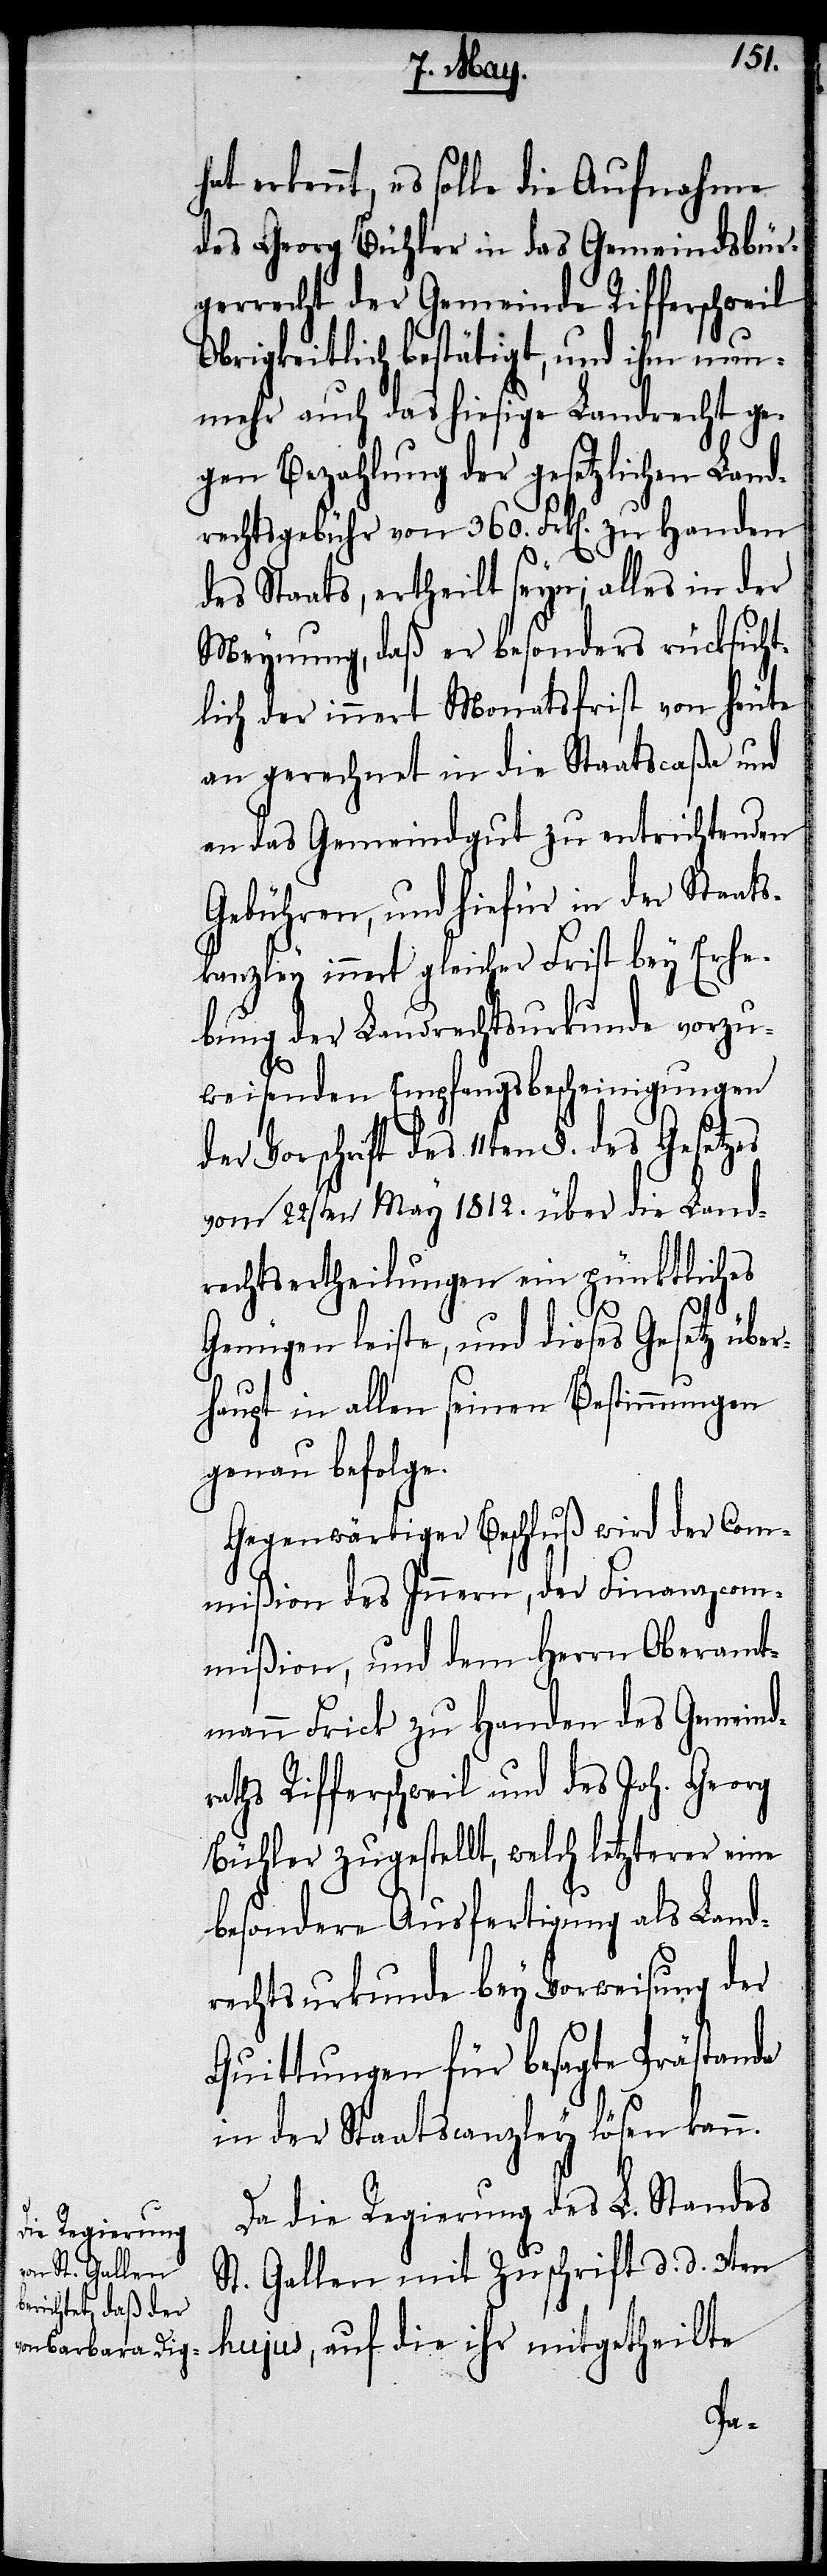
hat erkennt, es solle die Aufnahme
des Georg Bühler in das Gemeindsbür¬
gerrecht der Gemeinde Rifferschweil
Obrigkeitlich bestätigt, und ihm nun¬
mehr auch das hiesige Landrecht ge¬
gen Bezahlung der gesetzlichen Land¬
rechtsgebühr von 360. Frk[en]. zu Handen
des Staats, ertheilt seyn; alles in der
Meynung, daß er besonders rücksicht¬
lich der innert Monatsfrist von heute
an gerechnet in die Staatscaßa und
an das Gemeindgut zu entrichtenden
Gebühren, und hiefür in der Staats¬
kanzley innert gleicher Frist bey Erhe¬
bung der Landrechtsurkunde vorzu¬
r¬
weisenden Empfangsbescheinigungen
der Vorschrift des 11ten §. des Gesetzes
vom 22sten May 1812. über die Land¬
rechtsertheilungen ein pünktliches
Genügen leiste, und dieses Gesetz über¬
haupt in allen seinen Bestimmungen
genau befolge.
Gegenwärtiger Beschluß wird der Com¬
mißion des Innern, der Finanzcom¬
mißion, und dem Herrn Oberamt¬
mann Frick zu Handen des Gemeind¬
aths Rifferschweil und des Joh. Georg
Bühler zugestellt, welch letzterer eine
besondere Ausfertigung als Land¬
rechtsurkunde bey Vorweisung der
Quittungen für besagte Prästanda
in der Staatscanzley lösen kann.
Da die Regierung des L. Standes
St. Gallen mit Zuschrift d. d. 3ten
hujus, auf die ihr mitgetheilte